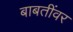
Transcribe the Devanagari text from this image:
बाबतींवर